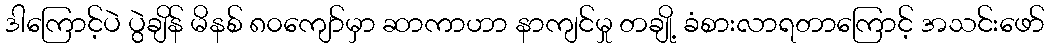
ဒါကြောင့်ပဲ ပွဲချိန် မိနစ် ၈၀ကျော်မှာ ဆာကာဟာ နာကျင်မှု တချို့ ခံစားလာရတာကြောင့် အသင်းဖော်